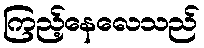
ကြည့်နေလေသည်